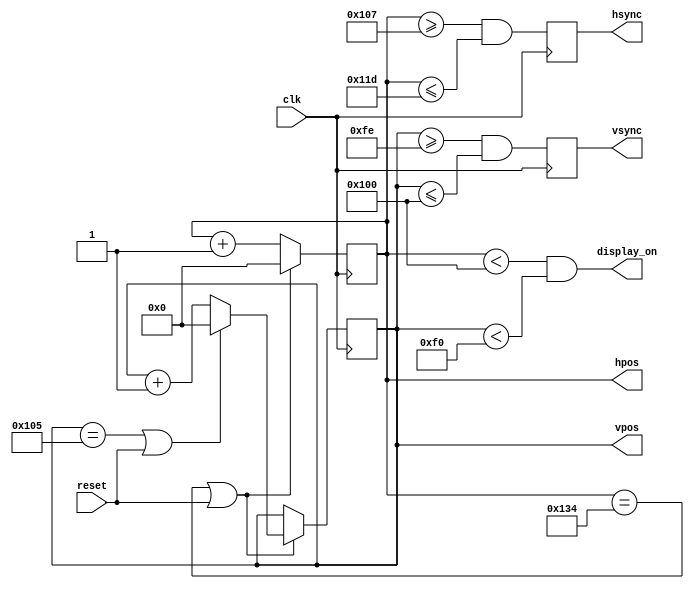
// This program was cloned from: https://github.com/sehugg/fpga-examples
// License: Creative Commons Zero v1.0 Universal


`ifndef HVSYNC_GENERATOR_H
`define HVSYNC_GENERATOR_H

/*
Video sync generator, used to drive a simulated CRT.
To use:
- Wire the hsync and vsync signals to top level outputs
- Add a 3-bit (or more) "rgb" output to the top level
*/

module hvsync_generator(clk, reset, hsync, vsync, display_on, hpos, vpos);

  input clk;
  input reset;
  output reg hsync, vsync;
  output display_on;
  output reg [8:0] hpos;
  output reg [8:0] vpos;

  // declarations for TV-simulator sync parameters
  // horizontal constants
  parameter H_DISPLAY       = 256; // horizontal display width
  parameter H_BACK          =  23; // horizontal left border (back porch)
  parameter H_FRONT         =   7; // horizontal right border (front porch)
  parameter H_SYNC          =  23; // horizontal sync width
  // vertical constants
  parameter V_DISPLAY       = 240; // vertical display height
  parameter V_TOP           =   5; // vertical top border
  parameter V_BOTTOM        =  14; // vertical bottom border
  parameter V_SYNC          =   3; // vertical sync # lines
  // derived constants
  parameter H_SYNC_START    = H_DISPLAY + H_FRONT;
  parameter H_SYNC_END      = H_DISPLAY + H_FRONT + H_SYNC - 1;
  parameter H_MAX           = H_DISPLAY + H_BACK + H_FRONT + H_SYNC - 1;
  parameter V_SYNC_START    = V_DISPLAY + V_BOTTOM;
  parameter V_SYNC_END      = V_DISPLAY + V_BOTTOM + V_SYNC - 1;
  parameter V_MAX           = V_DISPLAY + V_TOP + V_BOTTOM + V_SYNC - 1;

  wire hmaxxed = (hpos == H_MAX) || reset;	// set when hpos is maximum
  wire vmaxxed = (vpos == V_MAX) || reset;	// set when vpos is maximum
  
  // horizontal position counter
  always @(posedge clk)
  begin
    hsync <= (hpos>=H_SYNC_START && hpos<=H_SYNC_END);
    if(hmaxxed)
      hpos <= 0;
    else
      hpos <= hpos + 1;
  end

  // vertical position counter
  always @(posedge clk)
  begin
    vsync <= (vpos>=V_SYNC_START && vpos<=V_SYNC_END);
    if(hmaxxed)
      if (vmaxxed)
        vpos <= 0;
      else
        vpos <= vpos + 1;
  end
  
  // display_on is set when beam is in "safe" visible frame
  assign display_on = (hpos<H_DISPLAY) && (vpos<V_DISPLAY);

endmodule

`endif